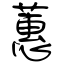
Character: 蕙